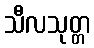
သီလသုတ္တ